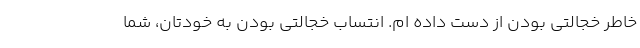
خاطر خجالتی بودن از دست داده ام. انتساب خجالتی بودن به خودتان، شما